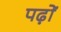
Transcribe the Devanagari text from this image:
पढ़ों